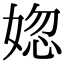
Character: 𡝲